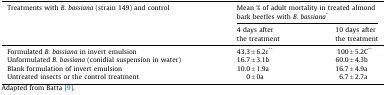
<table><thead><tr><td><b>Treatments with <i>B. bassiana</i> (strain 149) and control</b></td><td colspan="2"><b>Mean % of adult mortality in treated almond bark beetles with <i>B. bassiana</i>*</b></td></tr><tr><td></td><td><b>4 days after the treatment</b></td><td><b>10 days after the treatment</b></td></tr></thead><tbody><tr><td>Formulated <i>B. bassiana</i> in invert emulsion</td><td>43.3 ± 6.2c**</td><td>100 ± 5.2C**</td></tr><tr><td>Unformulated <i>B. bassiana</i> (conidial suspension in water)</td><td>16.7 ± 3.1b</td><td>60.0 ± 4.3b</td></tr><tr><td>Blank formulation of invert emulsion</td><td>10.0 ± 1.9a</td><td>16.7 ± 4.9a</td></tr><tr><td>Untreated insects or the control treatment</td><td>0 ± 0a</td><td>6.7 ± 2.7a</td></tr></tbody></table>